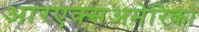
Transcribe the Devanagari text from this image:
आरएक्सअमेरिका